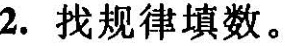
2.找规律填数。